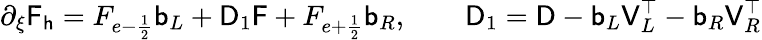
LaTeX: \mathsf{\partial_{\xi}F_{h}}=F_{e-\frac{1}{2}}\mathsf{b}_{L}+\mathsf{D}_{1}\mathsf{F}+F_{e+\frac{1}{2}}\mathsf{b}_{R},\qquad\mathsf{D}_{1}=\mathsf{D}-\mathsf{b}_{L}\mathsf{V}_{L}^{\top}-\mathsf{b}_{R}\mathsf{V}_{R}^{\top}